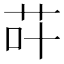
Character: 𮶡